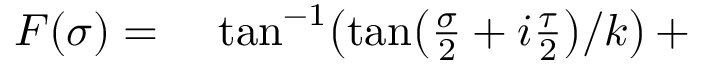
\begin{array} { r l } { F ( \sigma ) = } & { { } \, \tan ^ { - 1 } \! \left( { \tan \! \left( \frac { \sigma } { 2 } + i \frac { \tau } { 2 } \right) } / { k } \right) + } \end{array}